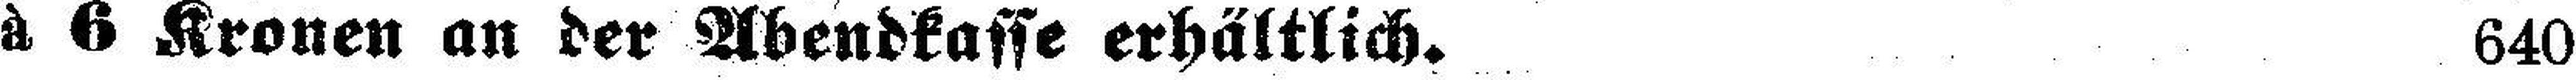
à 6 Kronen an der Abendkasse erhältlich. 640